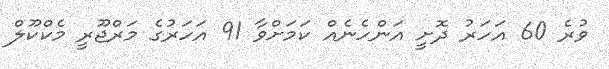
ވުރެ 60 އަހަރު ދޮށީ އަންހެނެއް ކަމަށްވާ 91 އަހަރުގެ މަރްޖޫރީ މެކްކޫލް